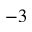
- 3